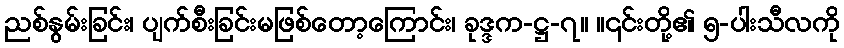
ညစ်နွမ်းခြင်း၊ ပျက်စီးခြင်းမဖြစ်တော့ကြောင်း၊ ခုဒ္ဒက-ဋ္ဌ-၇။ ။၎င်းတို့၏ ၅-ပါးသီလကို